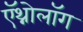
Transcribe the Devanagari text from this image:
ऍथ्नोलॉग